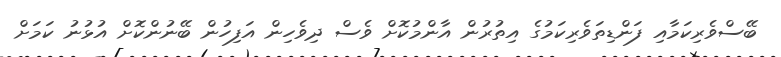
ބޭސްވެރިކަމާއި ފަންޑިތަވެރިކަމުގެ އިތުރުން އާންމުކޮށް ވެސް ދިވެހިން އަފިހުން ބޭނުންކޮށް އުޅުނު ކަމަށް